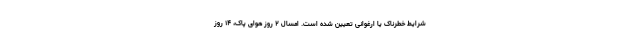
شرایط خطرناک یا ارغوانی تعیین شده است. امسال ۲ روز هوای پاک، ۱۴ روز